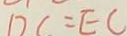
D C = E C